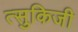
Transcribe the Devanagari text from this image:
त्सुकिजी